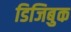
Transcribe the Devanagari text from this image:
डिजिबुक